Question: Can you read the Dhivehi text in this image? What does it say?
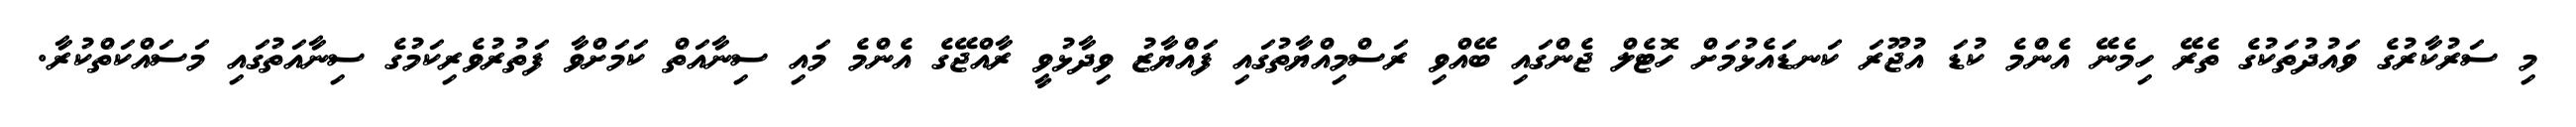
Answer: މި ސަރުކާރުގެ ވައުދުތަކުގެ ތެރޭ ހިމެނޭ އެންމެ ކުޑަ އުޖޫރަ ކަނޑައެޅުމަށް ހޮޓެލް ޖެންގައި ބޭއްވި ރަސްމިއްޔާތުގައި ފައްޔާޒު ވިދާޅުވީ ރާއްޖޭގެ އެންމެ މައި ސިނާއަތް ކަމަށްވާ ފަތުރުވެރިކަމުގެ ސިނާއަތުގައި މަސައްކަތްކުރާ.